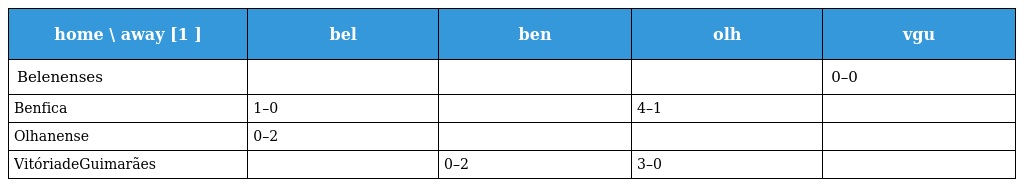
| home \ away [1 ] | bel | ben | olh | vgu |
 | --- | --- | --- | --- | --- |
 | Belenenses |  |  |  | 0–0 |
 | Benfica | 1–0 |  | 4–1 |  |
 | Olhanense | 0–2 |  |  |  |
 | VitóriadeGuimarães |  | 0–2 | 3–0 |  |